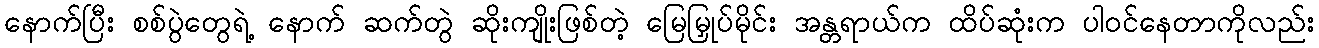
နောက်ပြီး စစ်ပွဲတွေရဲ့ နောက် ဆက်တွဲ ဆိုးကျိုးဖြစ်တဲ့ မြေမြှုပ်မိုင်း အန္တရာယ်က ထိပ်ဆုံးက ပါဝင်နေတာကိုလည်း